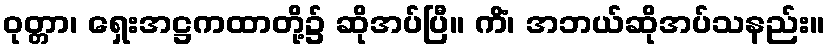
ဝုတ္တာ၊ ရှေးအဋ္ဌကထာတို့၌ ဆိုအပ်ပြီ။ ကိံ၊ အဘယ်ဆိုအပ်သနည်း။